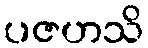
ပဇဟသိ